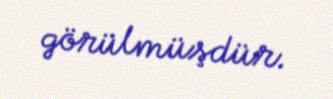
görülmüşdür.